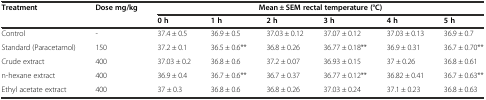
<table><thead><tr><td><b>Treatment</b></td><td><b>Dose mg/kg</b></td><td colspan="6"><b>Mean ± SEM rectal temperature (°C)</b></td></tr><tr><td></td><td></td><td><b>0 h</b></td><td><b>1 h</b></td><td><b>2 h</b></td><td><b>3 h</b></td><td><b>4 h</b></td><td><b>5 h</b></td></tr></thead><tbody><tr><td>Control</td><td>-</td><td>37.4 ± 0.5</td><td>36.9 ± 0.5</td><td>37.03 ± 0.12</td><td>37.07 ± 0.12</td><td>37.03 ± 0.13</td><td>36.9 ± 0.7</td></tr><tr><td>Standard (Paracetamol)</td><td>150</td><td>37.2 ± 0.1</td><td>36.5 ± 0.6**</td><td>36.8 ± 0.26</td><td>36.77 ± 0.18**</td><td>36.9 ± 0.31</td><td>36.7 ± 0.70**</td></tr><tr><td>Crude extract</td><td>400</td><td>37.03 ± 0.2</td><td>36.8 ± 0.6</td><td>37.2 ± 0.07</td><td>36.93 ± 0.15</td><td>37 ± 0.26</td><td>36.8 ± 0.61</td></tr><tr><td>n-hexane extract</td><td>400</td><td>36.9 ± 0.4</td><td>36.7 ± 0.6**</td><td>36.7 ± 0.37</td><td>36.77 ± 0.12**</td><td>36.82 ± 0.41</td><td>36.7 ± 0.63**</td></tr><tr><td>Ethyl acetate extract</td><td>400</td><td>37 ± 0.3</td><td>36.8 ± 0.6</td><td>36.8 ± 0.26</td><td>37.03 ± 0.24</td><td>37.1 ± 0.23</td><td>36.8 ± 0.63</td></tr></tbody></table>